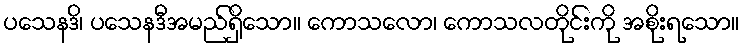
ပသေနဒိ၊ ပသေနဒီအမည်ရှိသော။ ကောသလော၊ ကောသလတိုင်းကို အစိုးရသော။